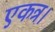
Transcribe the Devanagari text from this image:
एकत्र।